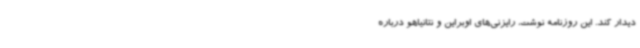
دیدار کند. این روزنامه نوشت، رایزنی‌های اوبراین و نتانیاهو درباره